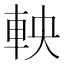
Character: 軮